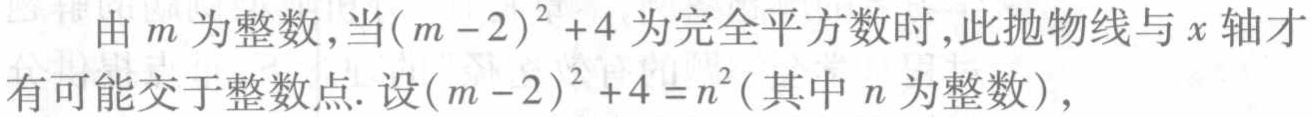
由\(m\)为整数，当\((m - 2)^{2} + 4\)为完全平方数时，此抛物线与\(x\)轴才有可能交于整数点. 设\((m - 2)^{2} + 4 = n^{2}\)(其中\(n\)为整数)，